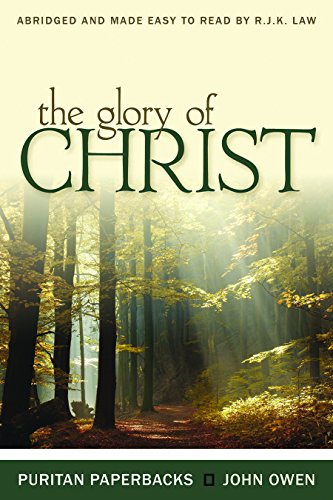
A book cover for The Glory of Christ (Puritan Paperbacks: Treasures of John Owen for Today's Readers); John Owen; Christian Books & Bibles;